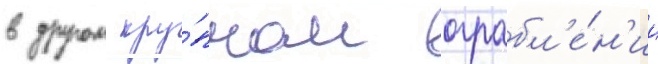
в другом кру́пном ограбл'е́н'ии